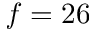
f = 2 6